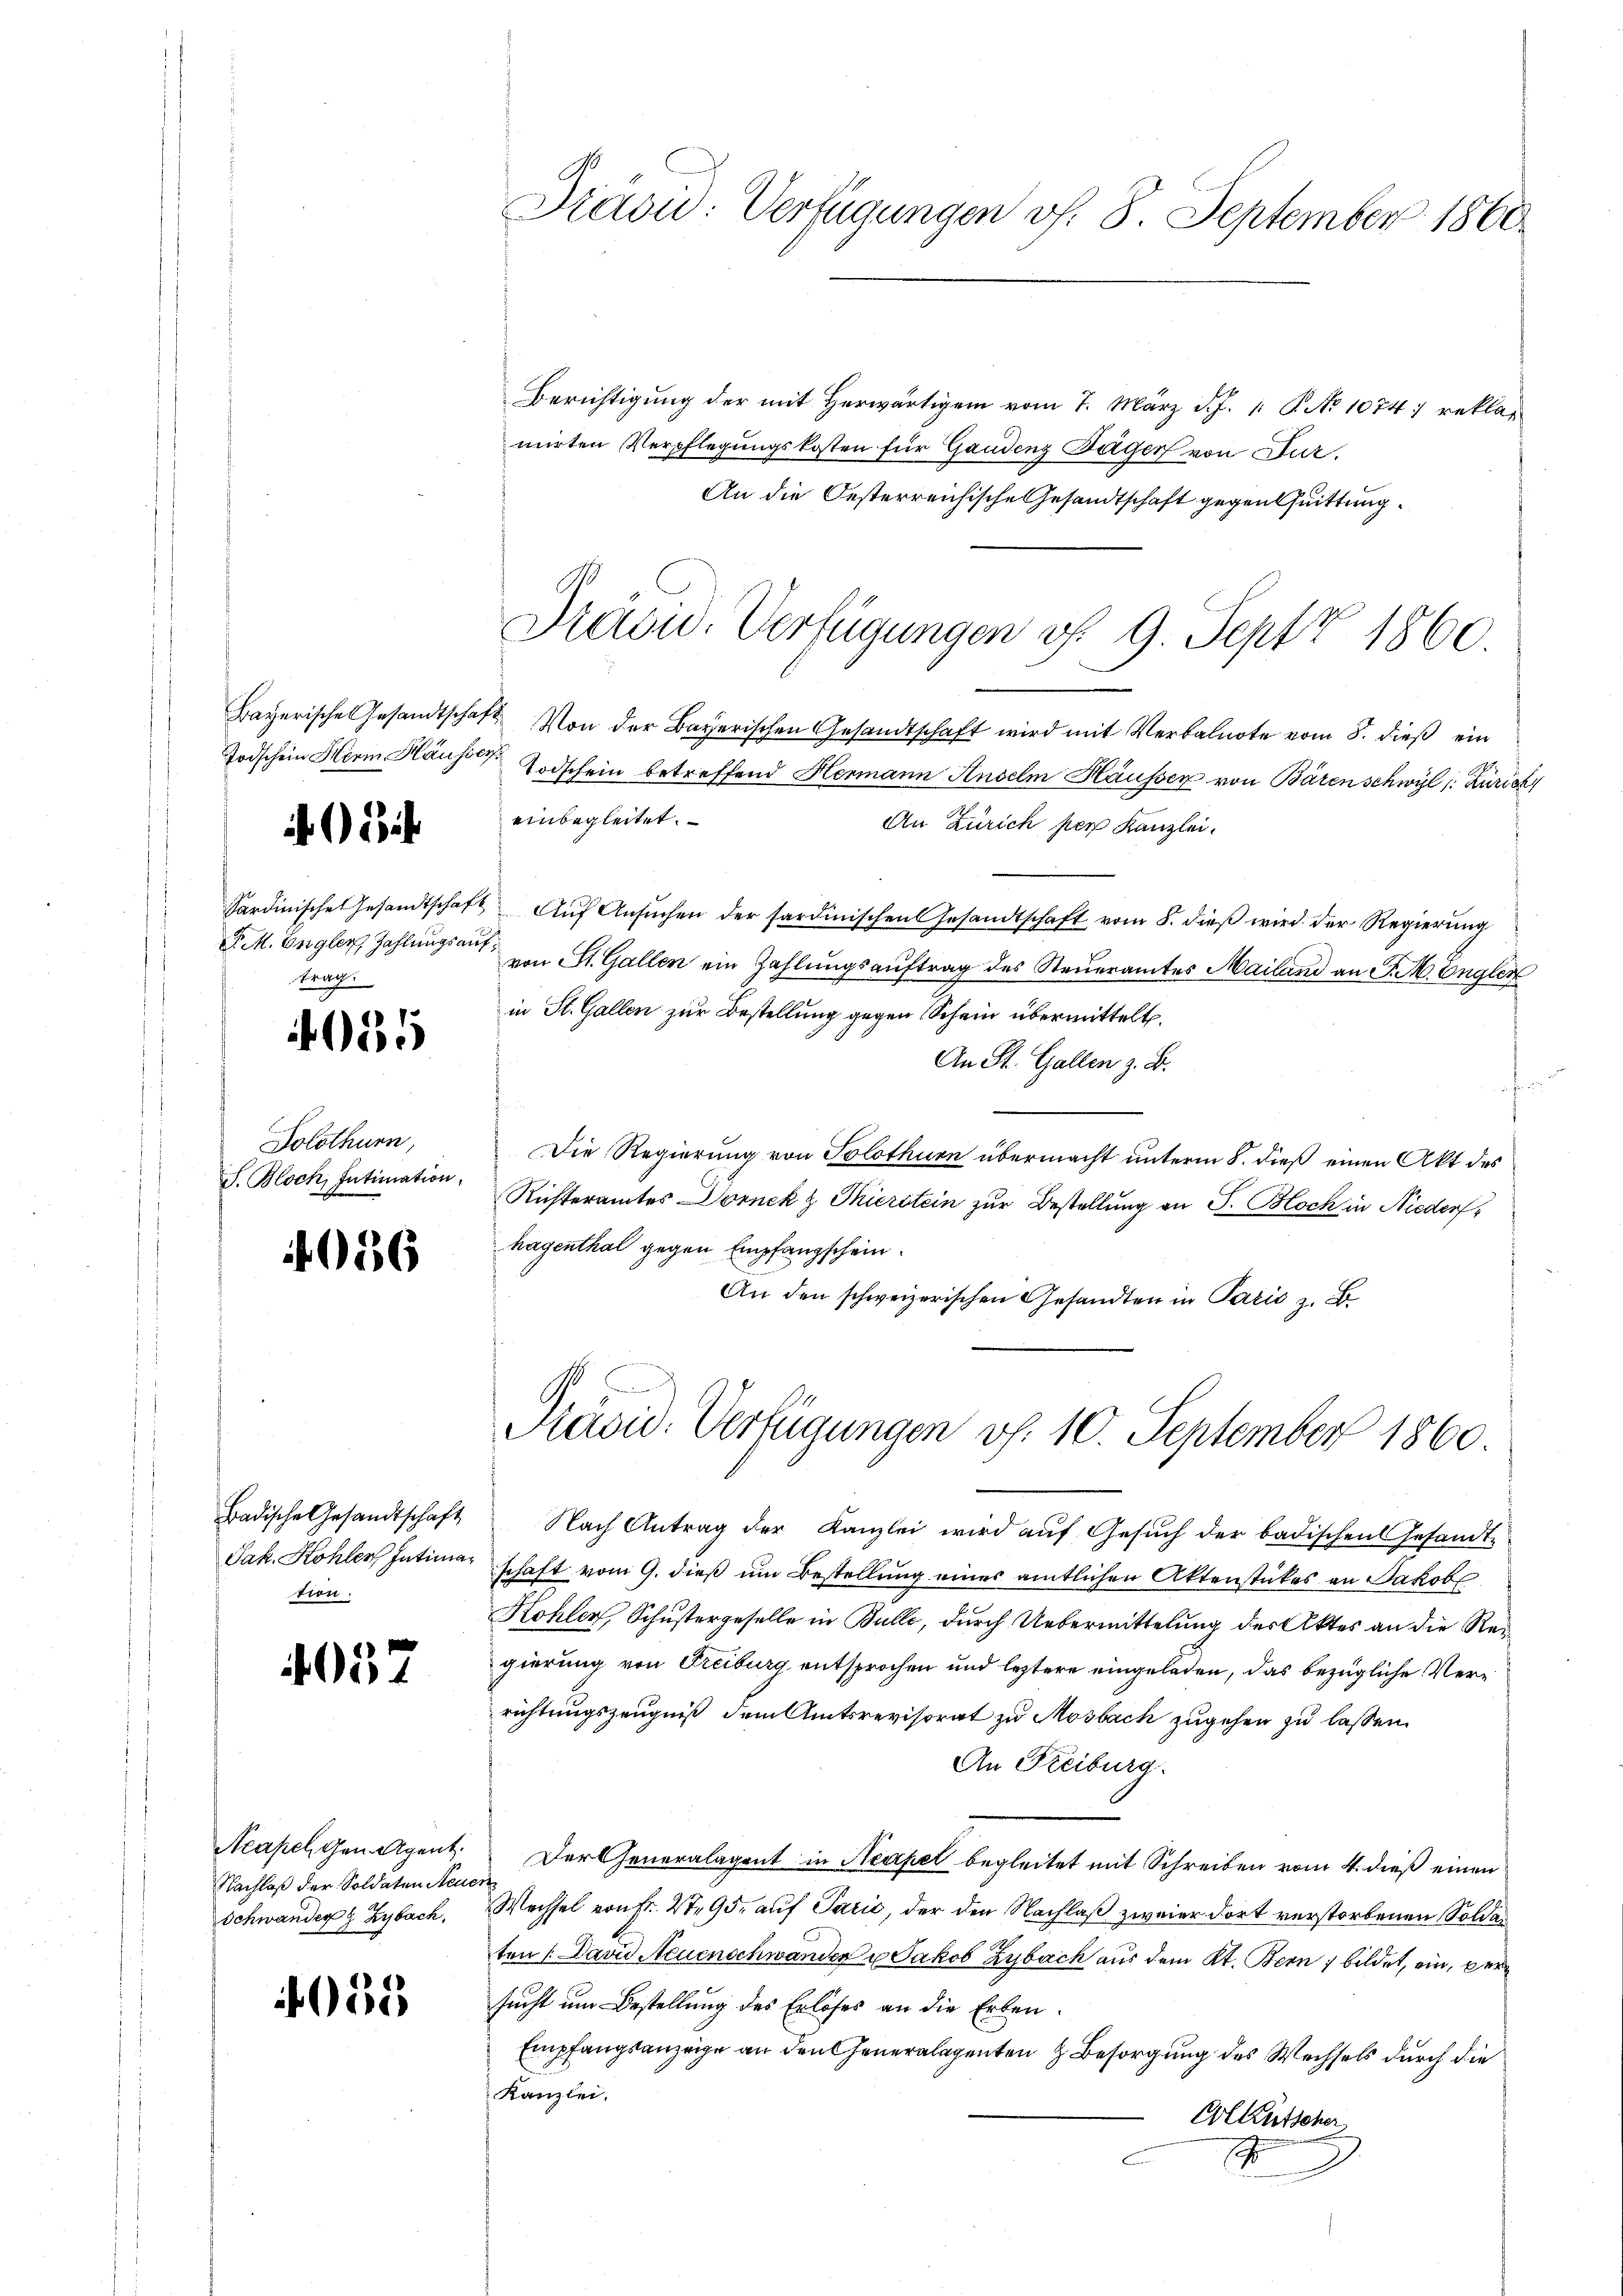
Todschein Herm Häuser

P.M. Engler Zahlungsauftrag.

135

Solothurn,

056

Badische Gesandtschaft
tion.

4057

Neapel gen. Agent.
Nachlaß der Soldaten Steue
Schwander Zybach,

155

Präsid: Verfügungen v. 8. September 1860
Berichtigung der mit herwärtigem vom 7. März d. J. 1. P. No 1074; rekla¬

mirten Verpflegungskosten für Gandenz Tagen von Stur¬
An die Oesterreichische Gesandtschaft gegenthuittung.

Präsid. Verfügungen v. 9. Sept 1860.

Bayerische Gesandtschaft Von der Bayerischen Gesandtschaft wird mit Verbalnote vom 8. dieß ein
Todschein betreffend Hermann Anselm Häusser von Bären schwyl (: Zürich
einbegleitet.
An Zürich per Kanzlei.
Sardinische Gesandtschaft Aŭf Ansŭchen der sardinischen Gesandtschaft vom 8. dieβ wird der Regierŭng
von St. Gallen ein Zahlungsauftrag des Steueramtes Mailand an J. H. Engler
in St. Gallen zur Bestellung gegen Schein übermittelt.
An St. Gallen z. B.
Die Regierung von Solothurn übermacht unterm 8. dieß einen Akt des
S. Bloch, Intimation Richteramtes Dornek z. Thierstein zur Bestellung an F. Bloch in Nieder,
hagenthal gegen Empfangschein.
An den schweizerischen Gesandten in Paris z. B.

.
Präsid. Verfügungen v. 10. September 1860.

Nach Antrag der Kanzlei wird auf Gesuch der badischen Gesandte
Jak. Kohler Intimarschaft vom 9. dieß um Bestellung eines amtlichen Aktenstückes an Jakob
Kohler, Schustergeselle in Bulle, durch Uebermittelung des Aktes an die Regierung von Freiburg entsprochen und leztere eingeladen, das bezügliche Verrichtungszeugniß dem Amtsrevisorat zu Mosbach zugehen zu lassen.
An Freiburg.
Der Generalagent in Neapel begleitet mit Schreiben vom 4. dieß einen
Wechsel von Fr. 2t. 95. auf Parić, der den Nachlaß zweier dort verstorbenen Soldaten / David Neuenschwander u Jakob Zybach aus dem Kt. Bern, bildet, ein, per
sucht um Bestellung des Erlöses an die Erben.
Empfangsanzeige an den Generalegenten Besorgung des Wechsels durch die
Kanzlei.
ColKutscher,
1